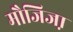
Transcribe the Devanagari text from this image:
मौजिजा़